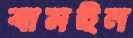
বামইন